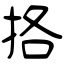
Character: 挌